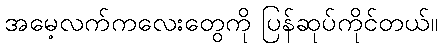
အမေ့လက်ကလေးတွေကို ပြန်ဆုပ်ကိုင်တယ်။